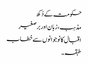
حکومت کے دُکھ
مذہب، زبان اور برصغیر
اقبال کا نوجوانوں سے خطاب
طبقہ۔